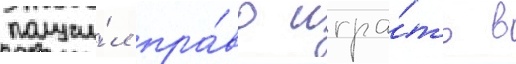
получи́л пра́во игра́ть в